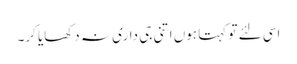
اسی لئے تو کہتا ہوں اتنی جی داری نہ دکھایا کر۔